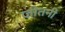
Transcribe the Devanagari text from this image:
जीतनी